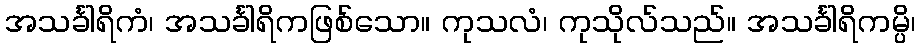
အသင်္ခါရိကံ၊ အသင်္ခါရိကဖြစ်သော။ ကုသလံ၊ ကုသိုလ်သည်။ အသင်္ခါရိကမ္ပိ၊